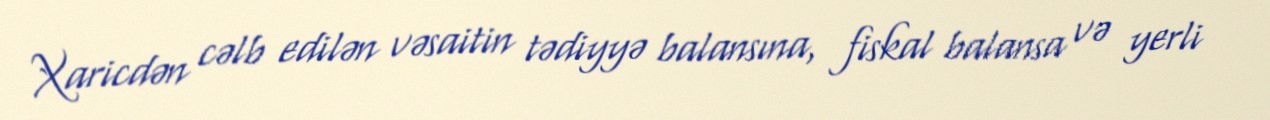
Xaricdən cəlb edilən vəsaitin tədiyyə balansına, fiskal balansa və yerli